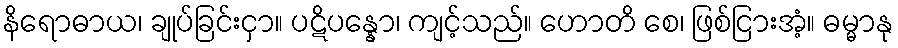
နိရောဓာယ၊ ချုပ်ခြင်းငှာ။ ပဋိပန္နော၊ ကျင့်သည်။ ဟောတိ စေ၊ ဖြစ်ငြားအံ့။ ဓမ္မာနု